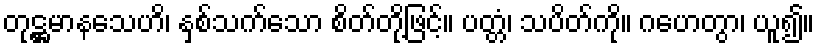
တုဋ္ဌမာနသေဟိ၊ နှစ်သက်သော စိတ်တို့ဖြင့်။ ပတ္တံ၊ သပိတ်ကို။ ဂဟေတွာ၊ ယူ၍။